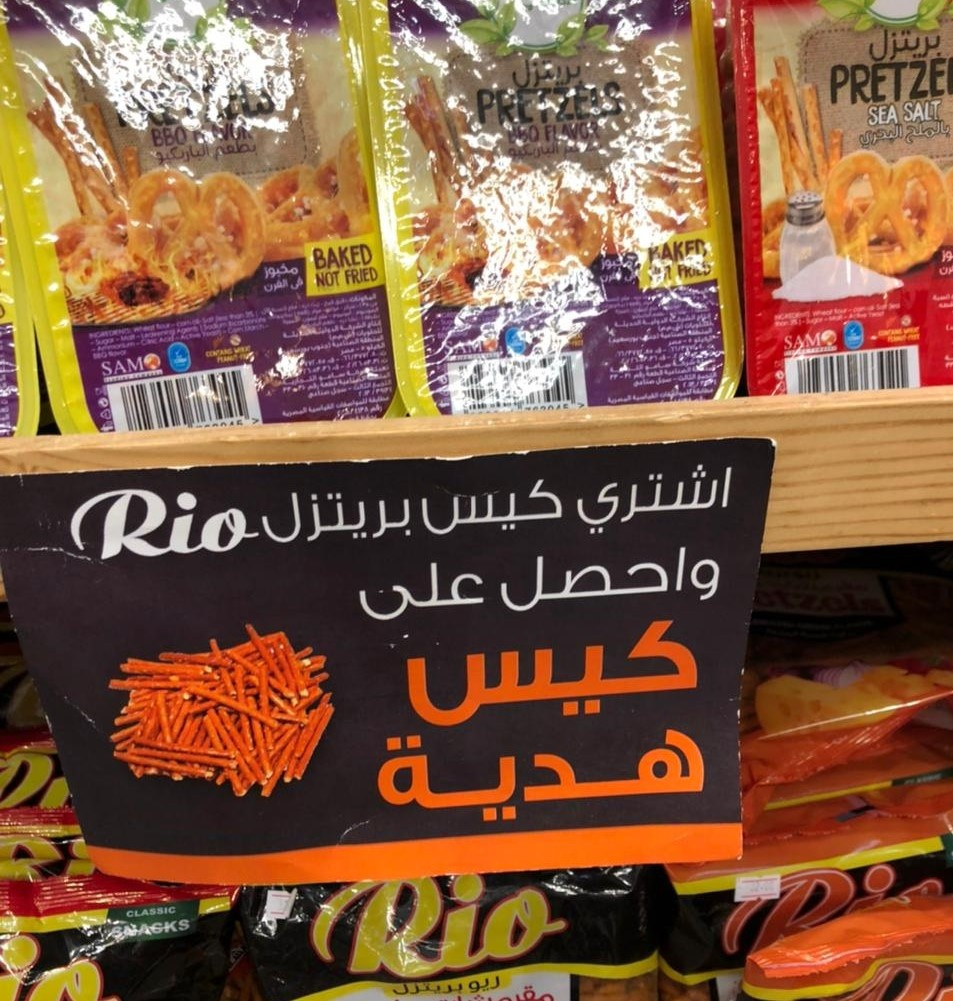
Text in image: بريتزل اشتري كيس بريتزل واحصل على كيس هدية PRETZEL BAKED FRIED NOT Rio Rio